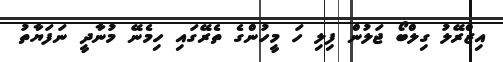
އިޒްރޭލު ގިލްބޯ ޖަލުން ފިލި ހަ މީހުންގެ ތެރޭގައި ހިމެނޭ މުނާދީ ނަފަޔާތު